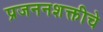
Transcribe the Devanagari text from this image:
प्रजननशक्तीचे